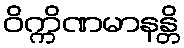
ဝိက္ကိဏမာနန္တိ